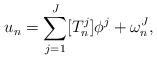
LaTeX: \begin{align*}u_n=\sum_{j=1}^{J} [T_n^j]\phi^j+\omega_n^{J},\end{align*}